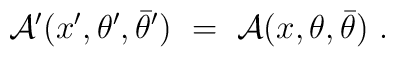
{\cal A}'(x',\theta', \bar\theta')\ =\ {\cal A}(x, \theta, \bar\theta)\ .